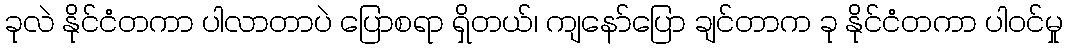
ခုလဲ နိုင်ငံတကာ ပါလာတာပဲ ပြောစရာ ရှိတယ်၊ ကျနော်ပြော ချင်တာက ခု နိုင်ငံတကာ ပါဝင်မှု